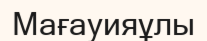
Мағауияұлы